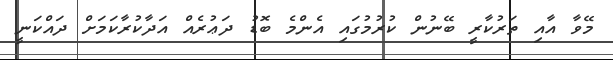
މޭވާ އާއި ތަރުކާރީ ބޭނުން ކުރުމުގައި އެންމެ ބޮޑު ދަޢުރެއް އަދާކުރާކަމަށް ދައްކަނީ